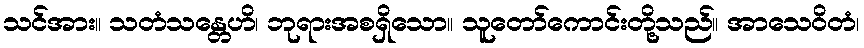
သင်အား။ သတံသန္တေဟိ၊ ဘုရားအစရှိသော။ သူတော်ကောင်းတို့သည်။ အာသေဝိတံ၊